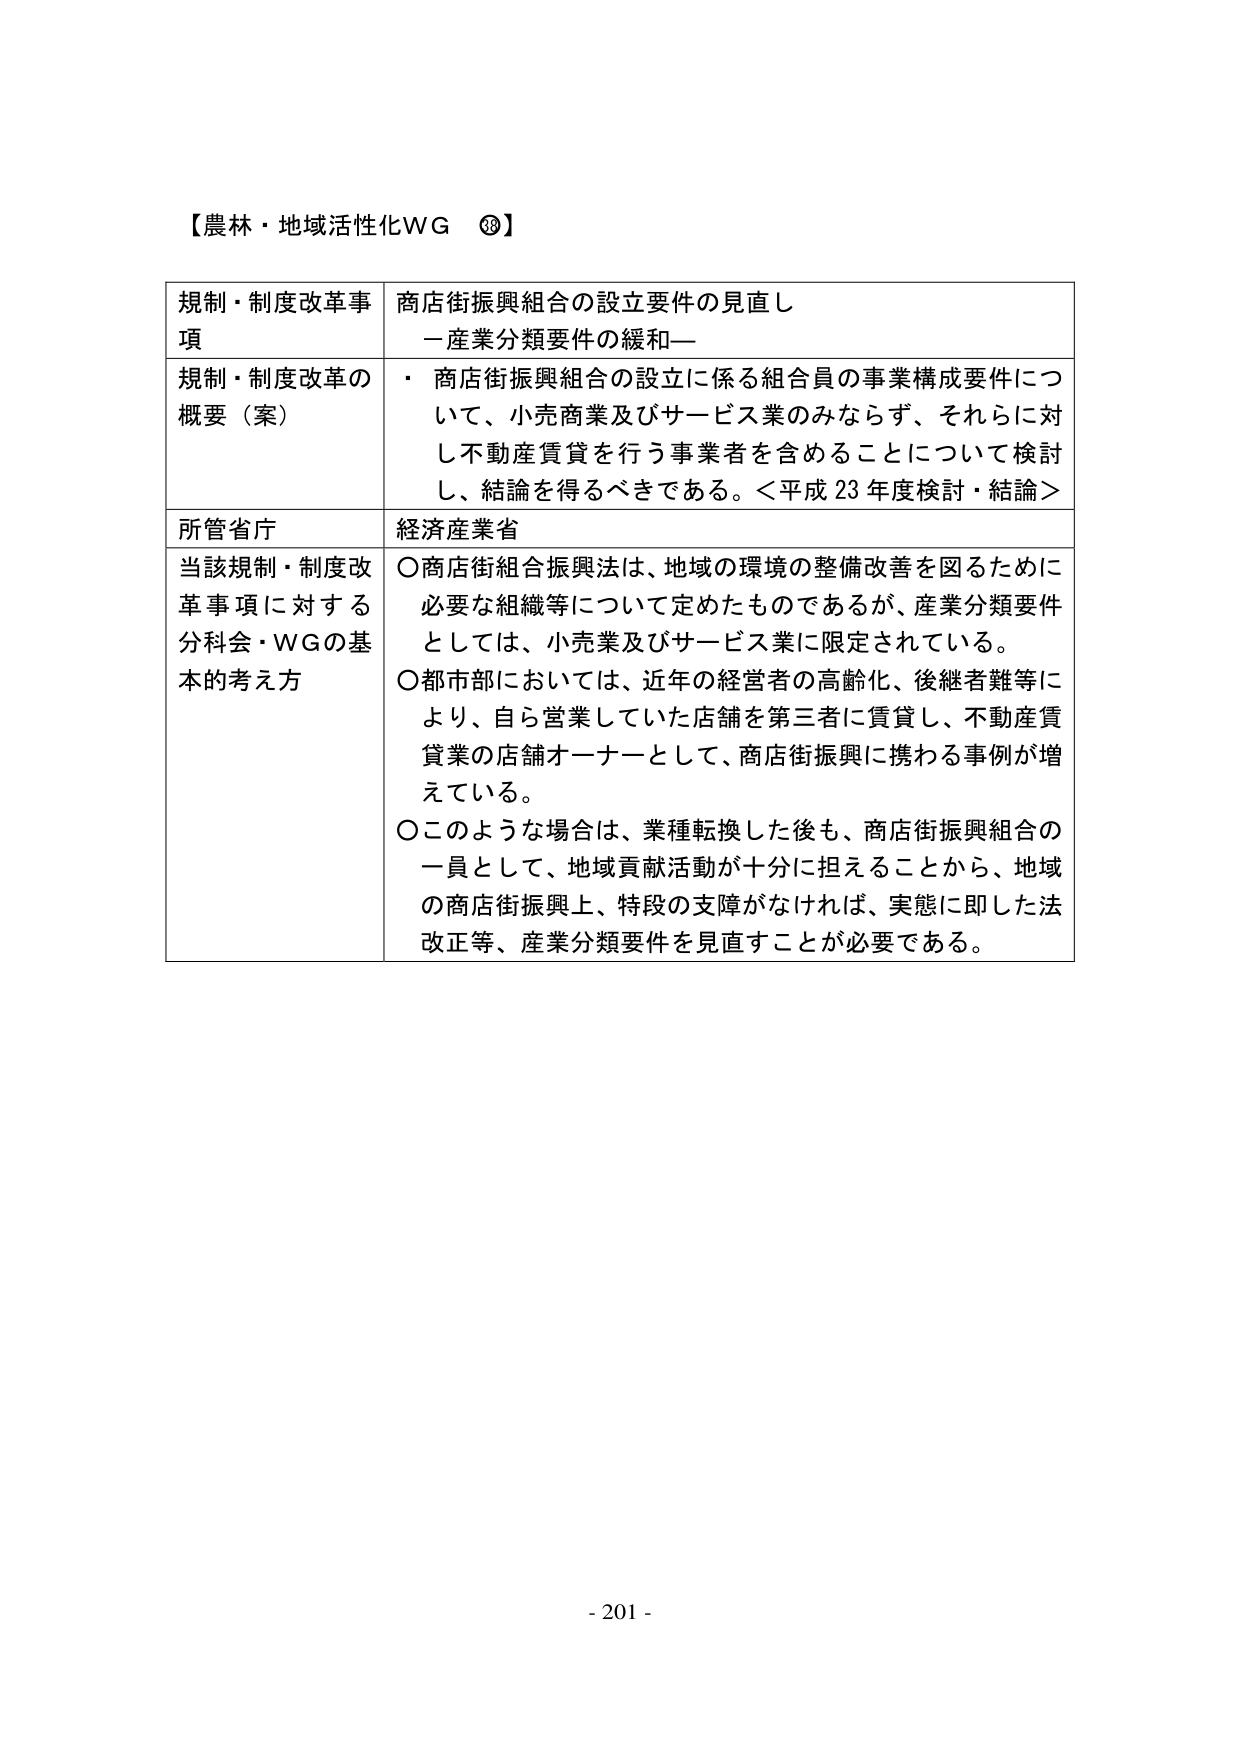
【農林・地域活性化WG ⑳】

規制・制度改革事項　商店街振興組合の設立要件の見直し
　　　　　　　　　　－産業分類要件の緩和－

規制・制度改革の概要（案）　・ 商店街振興組合の設立に係る組合員の事業構成要件について、小売商業及びサービス業のみならず、それらに対し不動産賃貸を行う事業者を含めることについて検討し、結論を得るべきである。＜平成23年度検討・結論＞

所管省庁　経済産業省

当該規制・制度改革事項に対する分科会・WGの基本的考え方　○商店街組合振興法は、地域の環境の整備改善を図るために必要な組織等について定めたものであるが、産業分類要件としては、小売業及びサービス業に限定されている。
　　　　　　　　　　　　　　　　　　　　　　　　　　　　　○都市部においては、近年の経営者の高齢化、後継者難等により、自ら営業していた店舗を第三者に賃貸し、不動産賃貸業の店舗オーナーとして、商店街振興に携わる事例が増えている。
　　　　　　　　　　　　　　　　　　　　　　　　　　　　　○このような場合は、業種転換した後も、商店街振興組合の一員として、地域貢献活動が十分に担えることから、地域の商店街振興上、特段の支障がなければ、実態に即した法改正等、産業分類要件を見直すことが必要である。

- 201 -